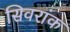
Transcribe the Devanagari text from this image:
सिवरांक